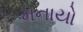
મનાયો